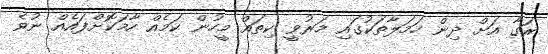
ރަގާ އަށް ދިން ހަމަލާތަކުގައި މަރުވީ ކިތައް މީހުން ކަމެއް ހާމަކޮށްފައެއް ނުވެ